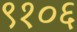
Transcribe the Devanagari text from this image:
९१०६